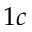
1 c